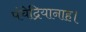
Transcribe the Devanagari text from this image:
पंचेद्रियानाह।